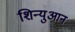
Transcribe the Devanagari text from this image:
शिन्युआन